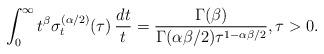
LaTeX: \begin{align*} & \int_0^\infty t^\beta \sigma_t^{(\alpha/2)}(\tau)\,\frac{dt}{t} = \frac{\Gamma(\beta)}{\Gamma(\alpha\beta/2)\tau^{1-\alpha\beta/2}}, \tau>0.\end{align*}